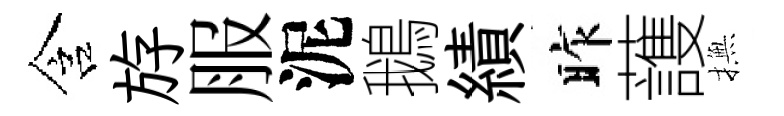
含斿服泥鵝績昨䕶撫